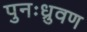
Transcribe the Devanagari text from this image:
पुनःध्रुवण